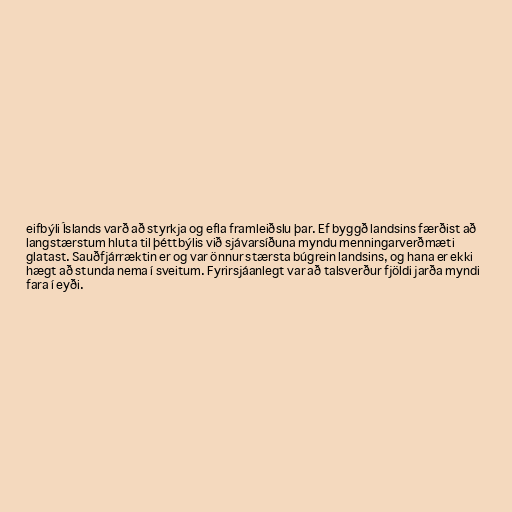
eifbýli Íslands varð að styrkja og efla framleiðslu þar. Ef byggð landsins færðist að
langstærstum hluta til þéttbýlis við sjávarsíðuna myndu menningarverðmæti
glatast. Sauðfjárræktin er og var önnur stærsta búgrein landsins, og hana er ekki
hægt að stunda nema í sveitum. Fyrirsjáanlegt var að talsverður fjöldi jarða myndi
fara í eyði.